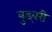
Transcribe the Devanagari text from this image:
वुड्बरी